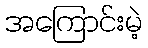
အကြောင်းမဲ့